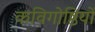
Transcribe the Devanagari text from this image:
कविगोष्ठियों